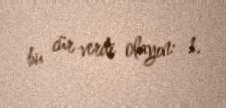
bu cür verdi olayın: 1.